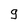
Character: g